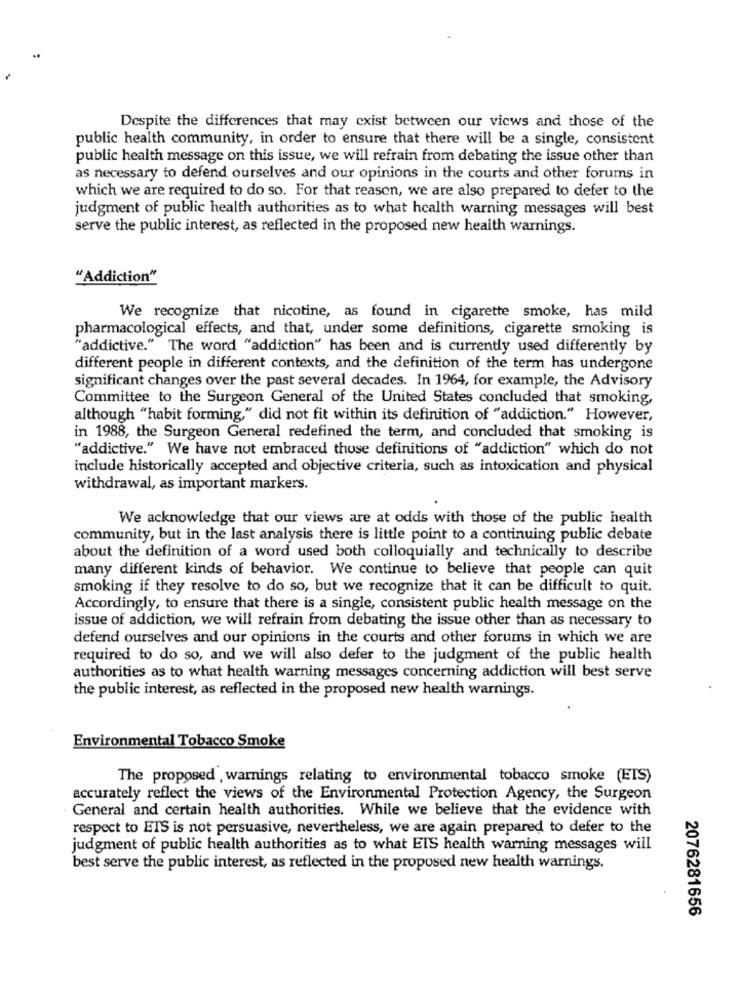
Despite the differences that may exist between our views and those of the
public health community, in order to ensure that there will be a single, consistent
public health message on this issue, we will refrain from debating the issue other than
as necessary to defend ourselves and our opinions in the courts and other forums in
which we are required to do so. For that reason, we are also prepared to defer to the
judgment of public health authorities as to what health warning messages will best
serve the public interest, as reflected in the proposed new health warnings.
"Addiction"
We recognize that nicotine, as found in cigarette smoke, has mild
pharmacological effects, and that, under some definitions, cigarette smoking is
"addictive." The word "addiction" has been and is currently used differently by
different people in different contexts, and the definition of the term has undergone
significant changes over the past several decades. In 1964, for example, the Advisory
Committee to the Surgeon General of the United States concluded that smoking,
although "habit forming," did not fit within its definition of "addiction." However,
in 1988, the Surgeon General redefined the term, and concluded that smoking is
"addictive." We have not embraced those definitions of "addiction" which do not
include historically accepted and objective criteria, such as intoxication and physical
withdrawal, as important markers.
We acknowledge that our views are at odds with those of the public health
community, but in the last analysis there is little point to a continuing public debate
about the definition of a word used both colloquially and technically to describe
many different kinds of behavior. We continue to believe that people can quit
smoking if they resolve to do so, but we recognize that it can be difficult to quit.
Accordingly, to ensure that there is a single, consistent public health message on the
issue of addiction, we will refrain from debating the issue other than as necessary to
defend ourselves and our opinions in the courts and other forums in which we are
required to do so, and we will also defer to the judgment of the public health
authorities as to what health warning messages concerning addiction will best serve
the public interest, as reflected in the proposed new health warnings.
Environmental Tobacco Smoke
The proposed , warnings relating to environmental tobacco smoke (ETS)
accurately reflect the views of the Environmental Protection Agency, the Surgeon
General and certain health authorities. While we believe that the evidence with
respect to ETS is not persuasive, nevertheless, we are again prepared to defer to the
judgment of public health authorities as to what EIS health warning messages will
best serve the public interest, as reflected in the proposed new health warnings.
2076281656